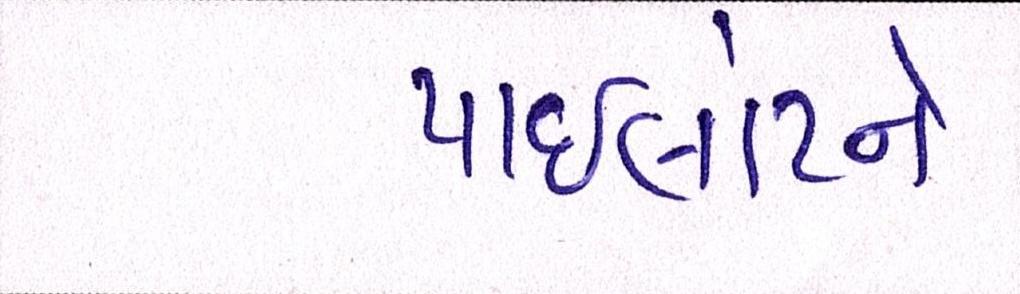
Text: પાઈલોટને